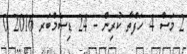
2 މަސް 4 ހަފްތާ ކުރިން - 24 ޑިސެމްބަރ 2016 0